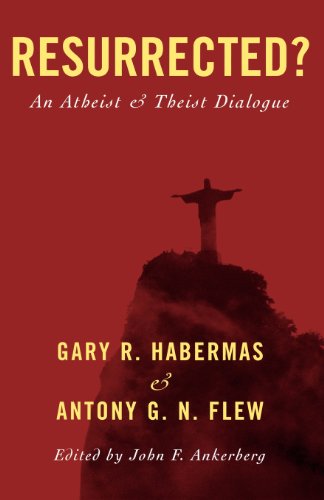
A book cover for Resurrected?: An Atheist and Theist Dialogue; Gary R. Habermas; Religion & Spirituality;